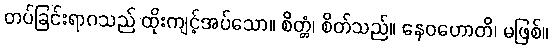
တပ်ခြင်းရာဂသည် ထိုးကျင့်အပ်သော။ စိတ္တံ၊ စိတ်သည်။ နေဝဟောတိ၊ မဖြစ်။